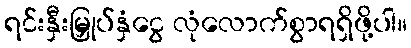
ရင်းနှီးမြှုပ်နှံငွေ လုံလောက်စွာရရှိဖို့ပါ။